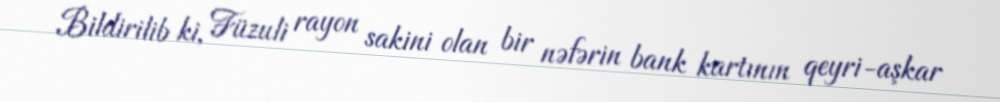
Bildirilib ki, Füzuli rayon sakini olan bir nəfərin bank kartının qeyri-aşkar